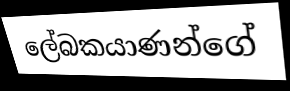
ලේබකයාණන්ගේ